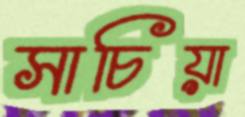
সাচিয়া